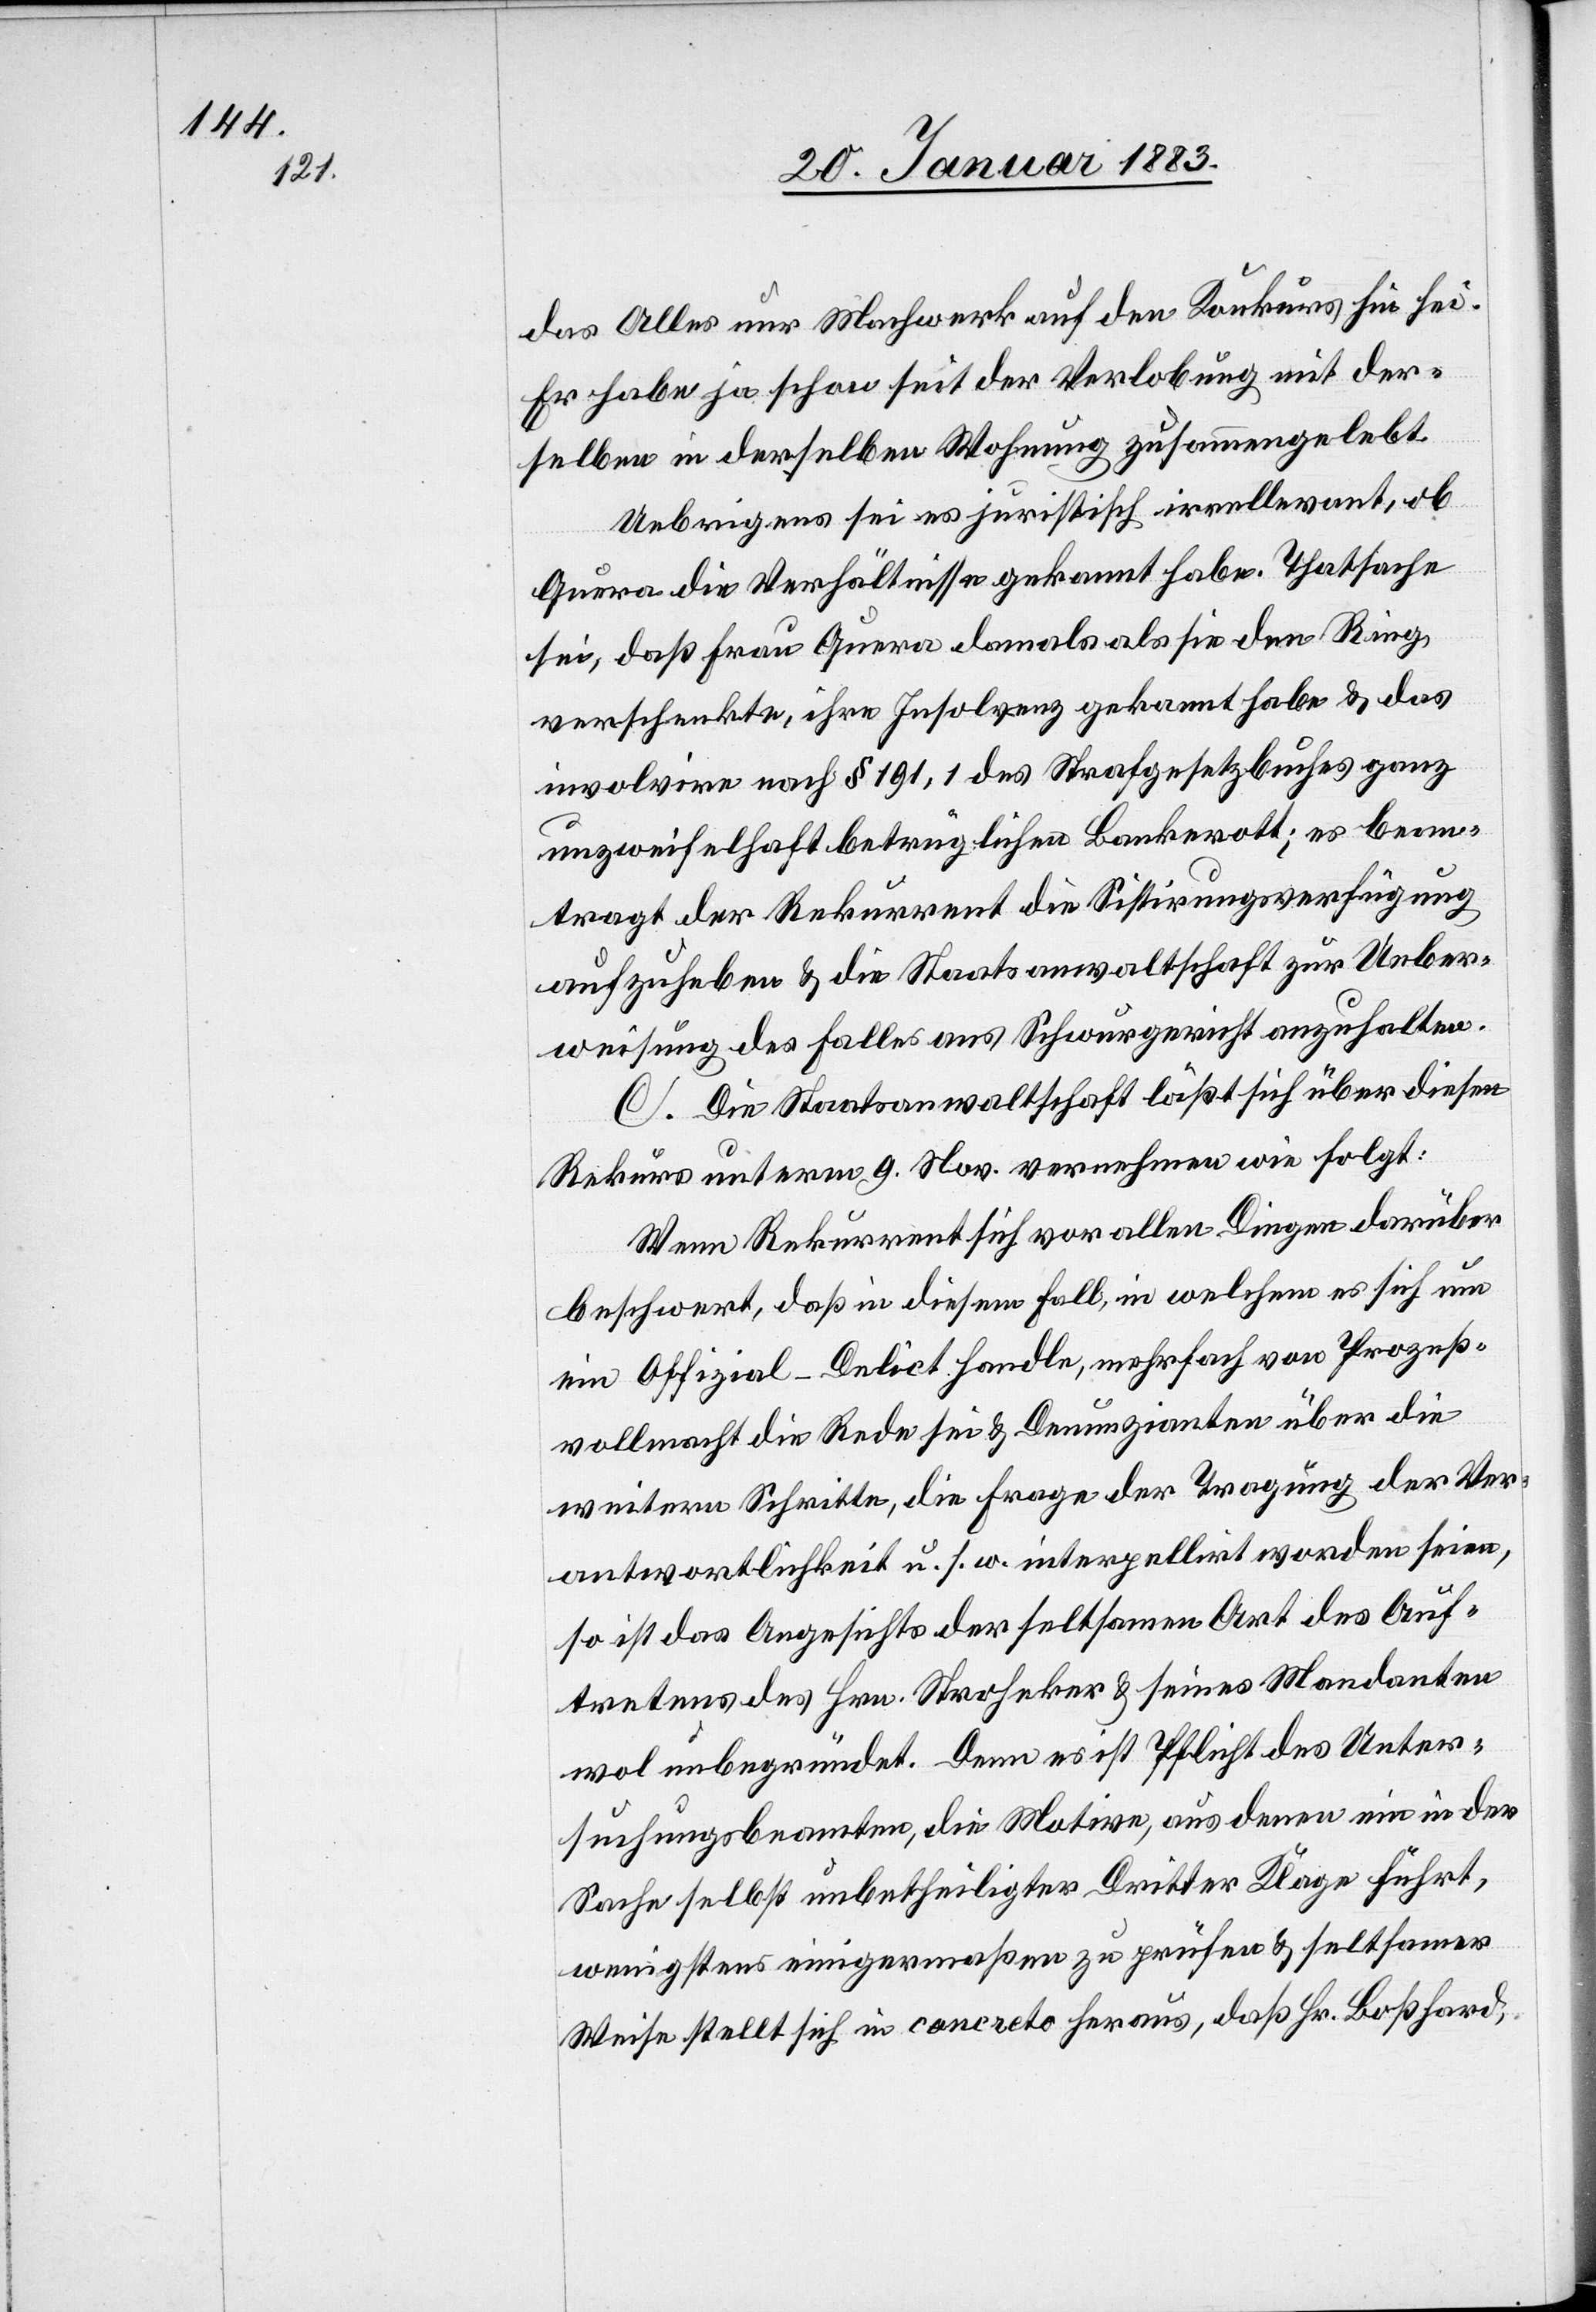
das Alles nur Machwerk auf den Konkurs hin sei.
Er habe ja schon seit der Verlobung mit der¬
selben in derselben Wohnung zusammengelebt.
Uebrigens sei es juristisch irrellevant
Quera die Verhältnisse gekannt habe. Thatsache
sei, daß Frau Quera damals als sie den Ring
verschenkte, ihre Insolvenz gekannt habe & das
involvire nach § 191, 1 des Strafgesetzbuches ganz
unzweifelhaft betrüglichen Bankerott; es bean¬
tragt der Rekurrent die Sistirungsverfügung
aufzuheben & die Staatsanwaltschaft zur Ueber¬
weisung des Falles ans Schwurgericht anzuhalten.
C. Die Staatsanwaltschaft läßt sich über diesen
Rekurs unterm 9. Nov. vernehmen wie folgt:
Wenn Rekurrent sich vor allen Dingen darüber
beschwert, daß in diesem Fall, in welchem es sich um
ein Offizial-Delict handle, mehrfach von Prozeß¬
vollmacht die Rede sei & Denunzianten über die
weitern Schritte, die Frage der Tragung der Ver¬
antwortlichkeit u. s. w. interpellirt worden seien,
so ist das Angesichts der seltsamen Art des Auf¬
tretens des Hrn. Stroheker & seines Mandanten
wol unbegründet. Denn es ist Pflicht des Unter¬
suchungsbeamten, die Motive, aus denen ein in der
Sache selbst unbetheiligter Dritter Klage führt,
wenigsten einigermaßen zu prüfen & seltsamer
Weise stellt sich in concreto heraus, daß Hr. Boßhard,